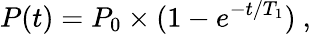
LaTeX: P(t)=P_{0}\times(1-e^{-t/T_{1}})\ ,